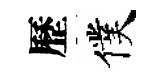
歷僕